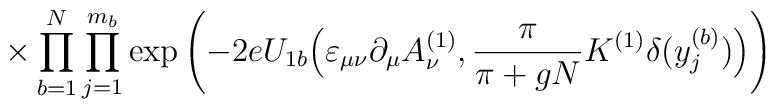
\times \prod_{b=1}^N \prod_{j=1}^{m_b} \exp \left(- 2e U_{1b} \Big( \varepsilon_{\mu \nu} \partial_\mu A_\nu^{(1)},\frac{\pi}{\pi+gN} K^{(1)} \delta(y^{(b)}_j) \Big) \right)